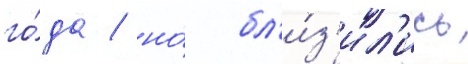
го́да / но́ бл'и́з'ил'ись